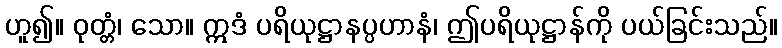
ဟူ၍။ ဝုတ္တံ၊ သော။ ဣဒံ ပရိယုဋ္ဌာနပ္ပဟာနံ၊ ဤပရိယုဋ္ဌာန်ကို ပယ်ခြင်းသည်။